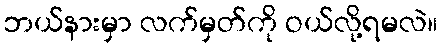
ဘယ်နားမှာ လက်မှတ်ကို ဝယ်လို့ရမလဲ။